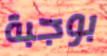
بوجبة